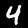
Label: 4